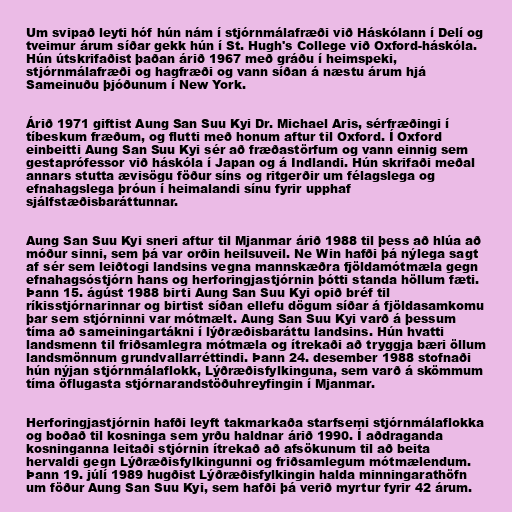
Um svipað leyti hóf hún nám í stjórnmálafræði við Háskólann í Delí og
tveimur árum síðar gekk hún í St. Hugh's College við Oxford-háskóla.
Hún útskrifaðist þaðan árið 1967 með gráðu í heimspeki,
stjórnmálafræði og hagfræði og vann síðan á næstu árum hjá
Sameinuðu þjóðunum í New York.

Árið 1971 giftist Aung San Suu Kyi Dr. Michael Aris, sérfræðingi í
tíbeskum fræðum, og flutti með honum aftur til Oxford. Í Oxford
einbeitti Aung San Suu Kyi sér að fræðastörfum og vann einnig sem
gestaprófessor við háskóla í Japan og á Indlandi. Hún skrifaði meðal
annars stutta ævisögu föður síns og ritgerðir um félagslega og
efnahagslega þróun í heimalandi sínu fyrir upphaf
sjálfstæðisbaráttunnar.

Aung San Suu Kyi sneri aftur til Mjanmar árið 1988 til þess að hlúa að
móður sinni, sem þá var orðin heilsuveil. Ne Win hafði þá nýlega sagt
af sér sem leiðtogi landsins vegna mannskæðra fjöldamótmæla gegn
efnahagsóstjórn hans og herforingjastjórnin þótti standa höllum fæti.
Þann 15. ágúst 1988 birti Aung San Suu Kyi opið bréf til
ríkisstjórnarinnar og birtist síðan ellefu dögum síðar á fjöldasamkomu
þar sem stjórninni var mótmælt. Aung San Suu Kyi varð á þessum
tíma að sameiningartákni í lýðræðisbaráttu landsins. Hún hvatti
landsmenn til friðsamlegra mótmæla og ítrekaði að tryggja bæri öllum
landsmönnum grundvallarréttindi. Þann 24. desember 1988 stofnaði
hún nýjan stjórnmálaflokk, Lýðræðisfylkinguna, sem varð á skömmum
tíma öflugasta stjórnarandstöðuhreyfingin í Mjanmar.

Herforingjastjórnin hafði leyft takmarkaða starfsemi stjórnmálaflokka
og boðað til kosninga sem yrðu haldnar árið 1990. Í aðdraganda
kosninganna leitaði stjórnin ítrekað að afsökunum til að beita
hervaldi gegn Lýðræðisfylkingunni og friðsamlegum mótmælendum.
Þann 19. júlí 1989 hugðist Lýðræðisfylkingin halda minningarathöfn
um föður Aung San Suu Kyi, sem hafði þá verið myrtur fyrir 42 árum.